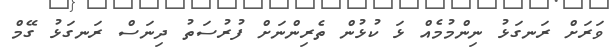
ވަރަށް ރަނގަޅު ނިންމުމެއް ޅަ ކުޅުން ތެރިންނަށް ފުރުސަތު ދިނަސް ރަނގަޅު ގޭމް